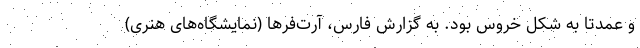
و عمدتاً به شکل خروس بود. به گزارش فارس، آرت‌فرها (نمایشگاه‌های هنری)